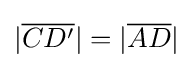
|{\overline {CD'}}|=|{\overline {AD}}|